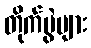
တိုက်ပွဲများ